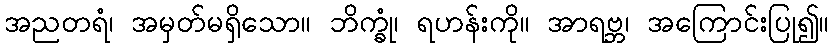
အညတရံ၊ အမှတ်မရှိသော။ ဘိက္ခုံ၊ ရဟန်းကို။ အာရဗ္ဘ၊ အကြောင်းပြု၍။